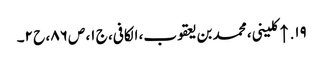
۱۹. ↑ کلینی، محمد بن یعقوب، الکافی، ج ۱، ص ۸۶، ح ۲۔